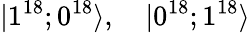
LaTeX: |1^{18};0^{18}\rangle,\quad|0^{18};1^{18}\rangle